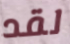
لقد